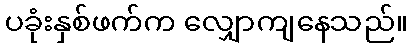
ပခုံးနှစ်ဖက်က လျှောကျနေသည်။